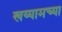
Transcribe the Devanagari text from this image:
खय्यामच्या